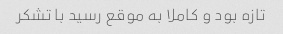
تازه بود و کاملا به موقع رسید با تشکر